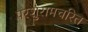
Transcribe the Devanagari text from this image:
परशुरामचरित